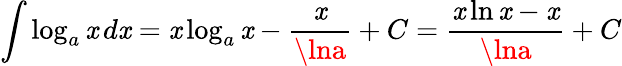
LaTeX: \int\log_{a}\mathit{x}\, d\mathit{x}=\mathit{x}\log_{a}\mathit{x}-{\frac{{\mathit{x}}}{{\lna}}}+C={\frac{{\mathit{x}\ln\mathit{x}-\mathit{x}}}{{\lna}}}+C